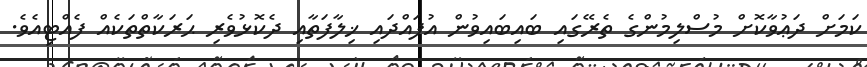
ކަމަށް ދަޢުވާކޮށް މުސްލިމުންގެ ތެރޭގައި ބައިބައިވުން އުފައްދައި ޚިލާފަތާއި ދެކޮޅުވެރި ޙަރަކާތްތަކެއް ފެއްޓިއެވެ.